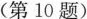
（第10题）